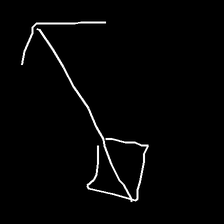
Glyph: focus